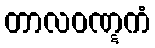
တာလဝဏ္ဋကံ